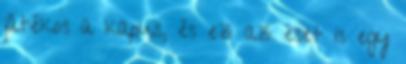
játékos a kapus, és ez az eset is egy